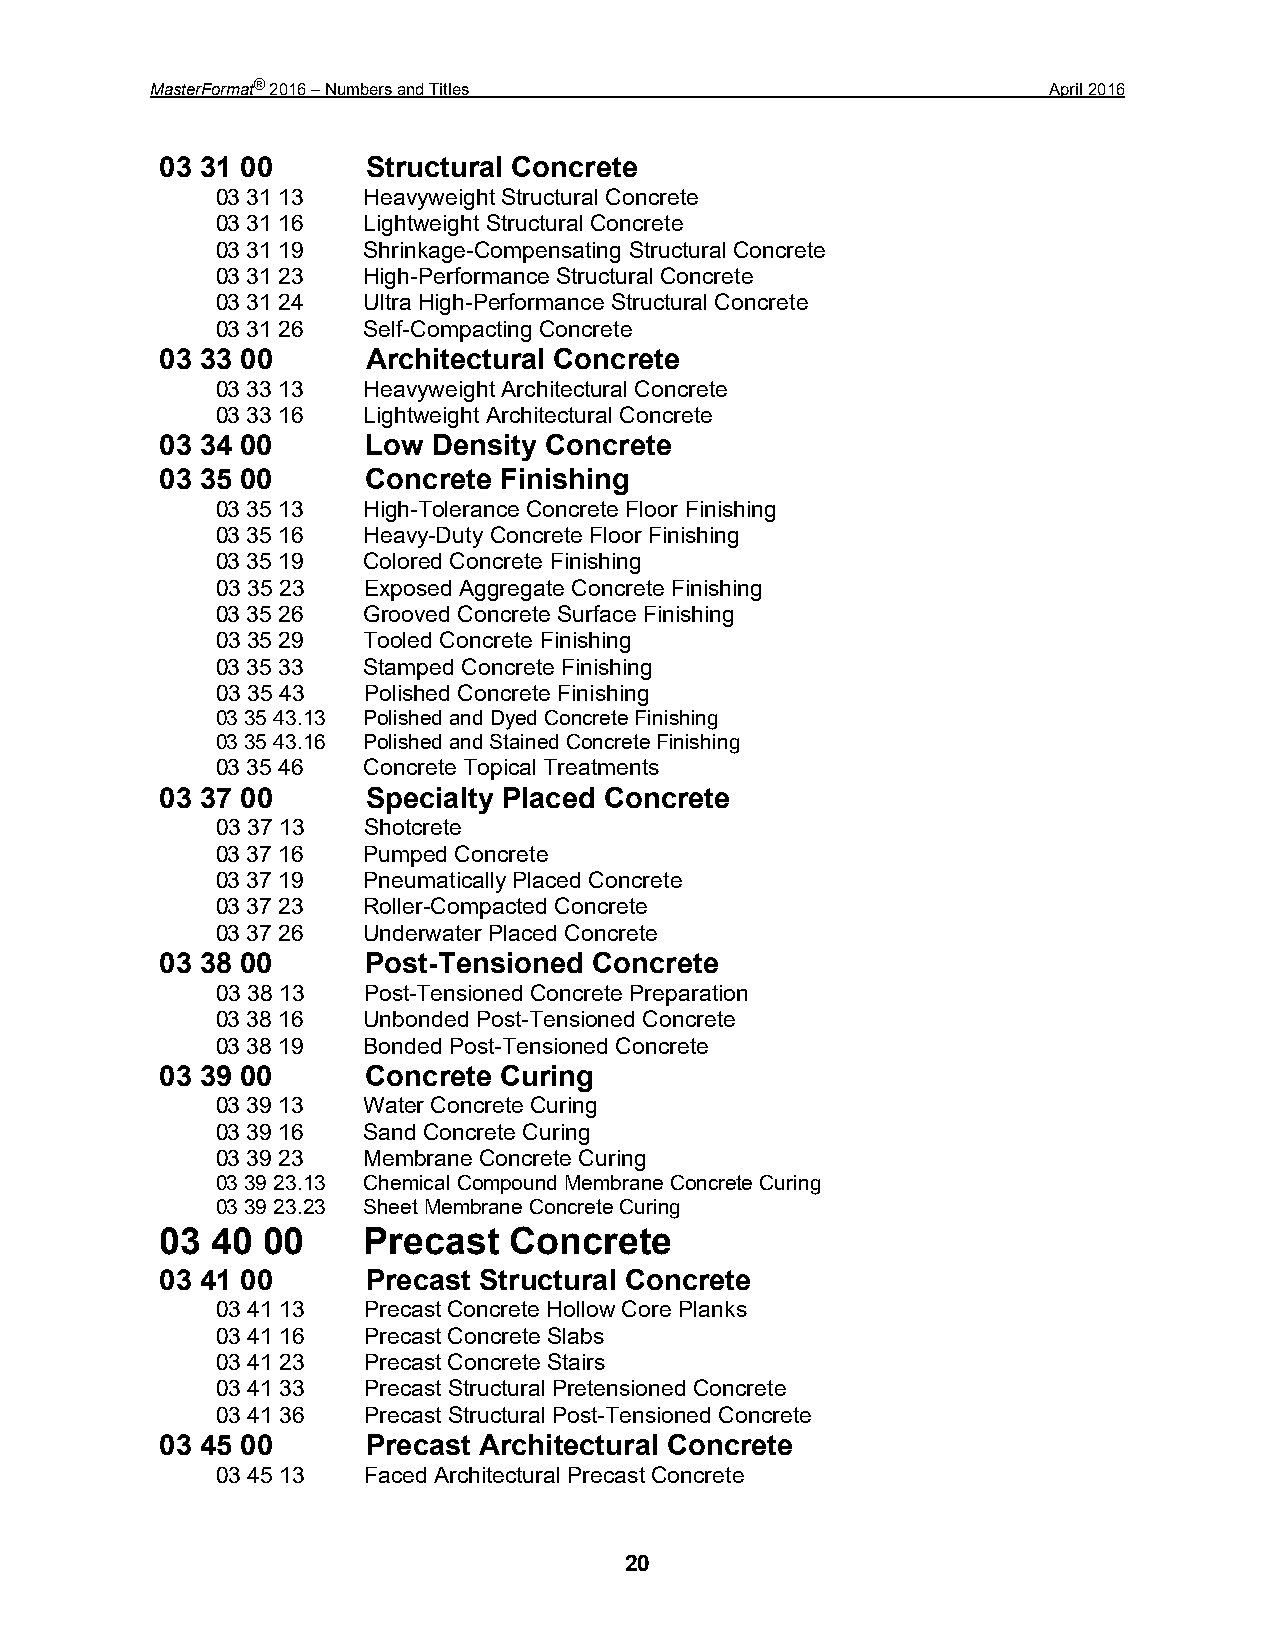
MasterFormat® 2016 – Numbers and Titles                     April 2016
 03 31 00     Structural Concrete
 03 31 13  Heavyweight Structural Concrete
 03 31 16  Lightweight Structural Concrete
 03 31 19  Shrinkage-Compensating Structural Concrete
 03 31 23  High-Performance Structural Concrete
 03 31 24  Ultra High-Performance Structural Concrete
 03 31 26  Self-Compacting Concrete
 03 33 00     Architectural Concrete
 03 33 13  Heavyweight Architectural Concrete
 03 33 16  Lightweight Architectural Concrete
 03 34 00     Low  Density Concrete
 03 35 00     Concrete Finishing
 03 35 13  High-Tolerance Concrete Floor Finishing
 03 35 16  Heavy-Duty Concrete Floor Finishing
 03 35 19  Colored Concrete Finishing
 03 35 23  Exposed Aggregate Concrete Finishing
 03 35 26  Grooved Concrete Surface Finishing
 03 35 29  Tooled Concrete Finishing
 03 35 33  Stamped Concrete Finishing
 03 35 43  Polished Concrete Finishing
 03 35 43.13 Polished and Dyed Concrete Finishing
 03 35 43.16 Polished and Stained Concrete Finishing
 03 35 46  Concrete Topical Treatments
 03 37 00     Specialty Placed Concrete
 03 37 13  Shotcrete
 03 37 16  Pumped Concrete
 03 37 19  Pneumatically Placed Concrete
 03 37 23  Roller-Compacted Concrete
 03 37 26  Underwater Placed Concrete
 03 38 00     Post-Tensioned Concrete
 03 38 13  Post-Tensioned Concrete Preparation
 03 38 16  Unbonded Post-Tensioned Concrete
 03 38 19  Bonded Post-Tensioned Concrete
 03 39 00     Concrete Curing
 03 39 13  Water Concrete Curing
 03 39 16  Sand Concrete Curing
 03 39 23  Membrane Concrete Curing
 03 39 23.13 Chemical Compound Membrane Concrete Curing
 03 39 23.23 Sheet Membrane Concrete Curing
 03 40 00     Precast   Concrete
 03 41 00     Precast Structural Concrete
 03 41 13  Precast Concrete Hollow Core Planks
 03 41 16  Precast Concrete Slabs
 03 41 23  Precast Concrete Stairs
 03 41 33  Precast Structural Pretensioned Concrete
 03 41 36  Precast Structural Post-Tensioned Concrete
 03 45 00     Precast Architectural Concrete
 03 45 13  Faced Architectural Precast Concrete
 20